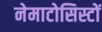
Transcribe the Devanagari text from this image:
नेमाटोसिस्टों